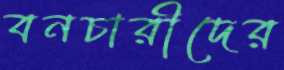
বনচারীদের